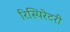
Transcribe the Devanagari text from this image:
रिस्पिरेटरी